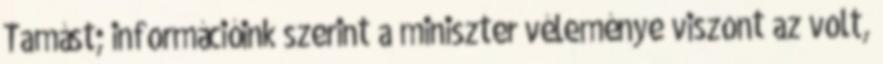
Tamást; információink szerint a miniszter véleménye viszont az volt,